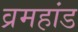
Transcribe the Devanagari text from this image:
व्रमहांड